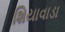
શિયાવાડા